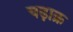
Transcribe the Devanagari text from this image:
चढ़ाक्र